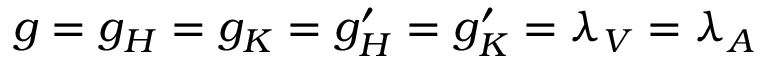
g = g _ { H } = g _ { K } = g _ { H } ^ { \prime } = g _ { K } ^ { \prime } = \lambda _ { V } = \lambda _ { A }